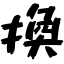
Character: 換